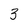
Character: 3